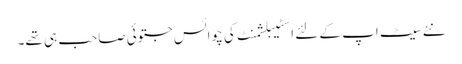
نئے سیٹ اپ کے لئے اسٹیبلشمنٹ کی چوائس جتوئی صاحب ہی تھے۔